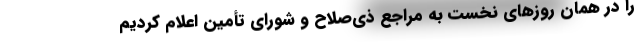
را در همان روزهای نخست به مراجع ذی‌صلاح و شورای تأمین اعلام کردیم